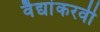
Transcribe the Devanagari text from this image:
वैद्यांकरवी